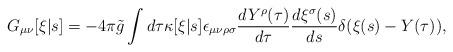
LaTeX: \begin{align*}G_{\mu\nu}[\xi|s] = -4 \pi \tilde{g} \int d\tau \kappa[\xi|s] \epsilon_{\mu\nu\rho\sigma} \frac{d Y^\rho(\tau)}{d\tau} \frac{d \xi^\sigma(s)}{ds} \delta(\xi(s) - Y(\tau)),\end{align*}